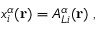
x _ { i } ^ { \alpha } ( { \bf { r } } ) = A _ { L i } ^ { \alpha } ( { \bf { r } } ) \; ,